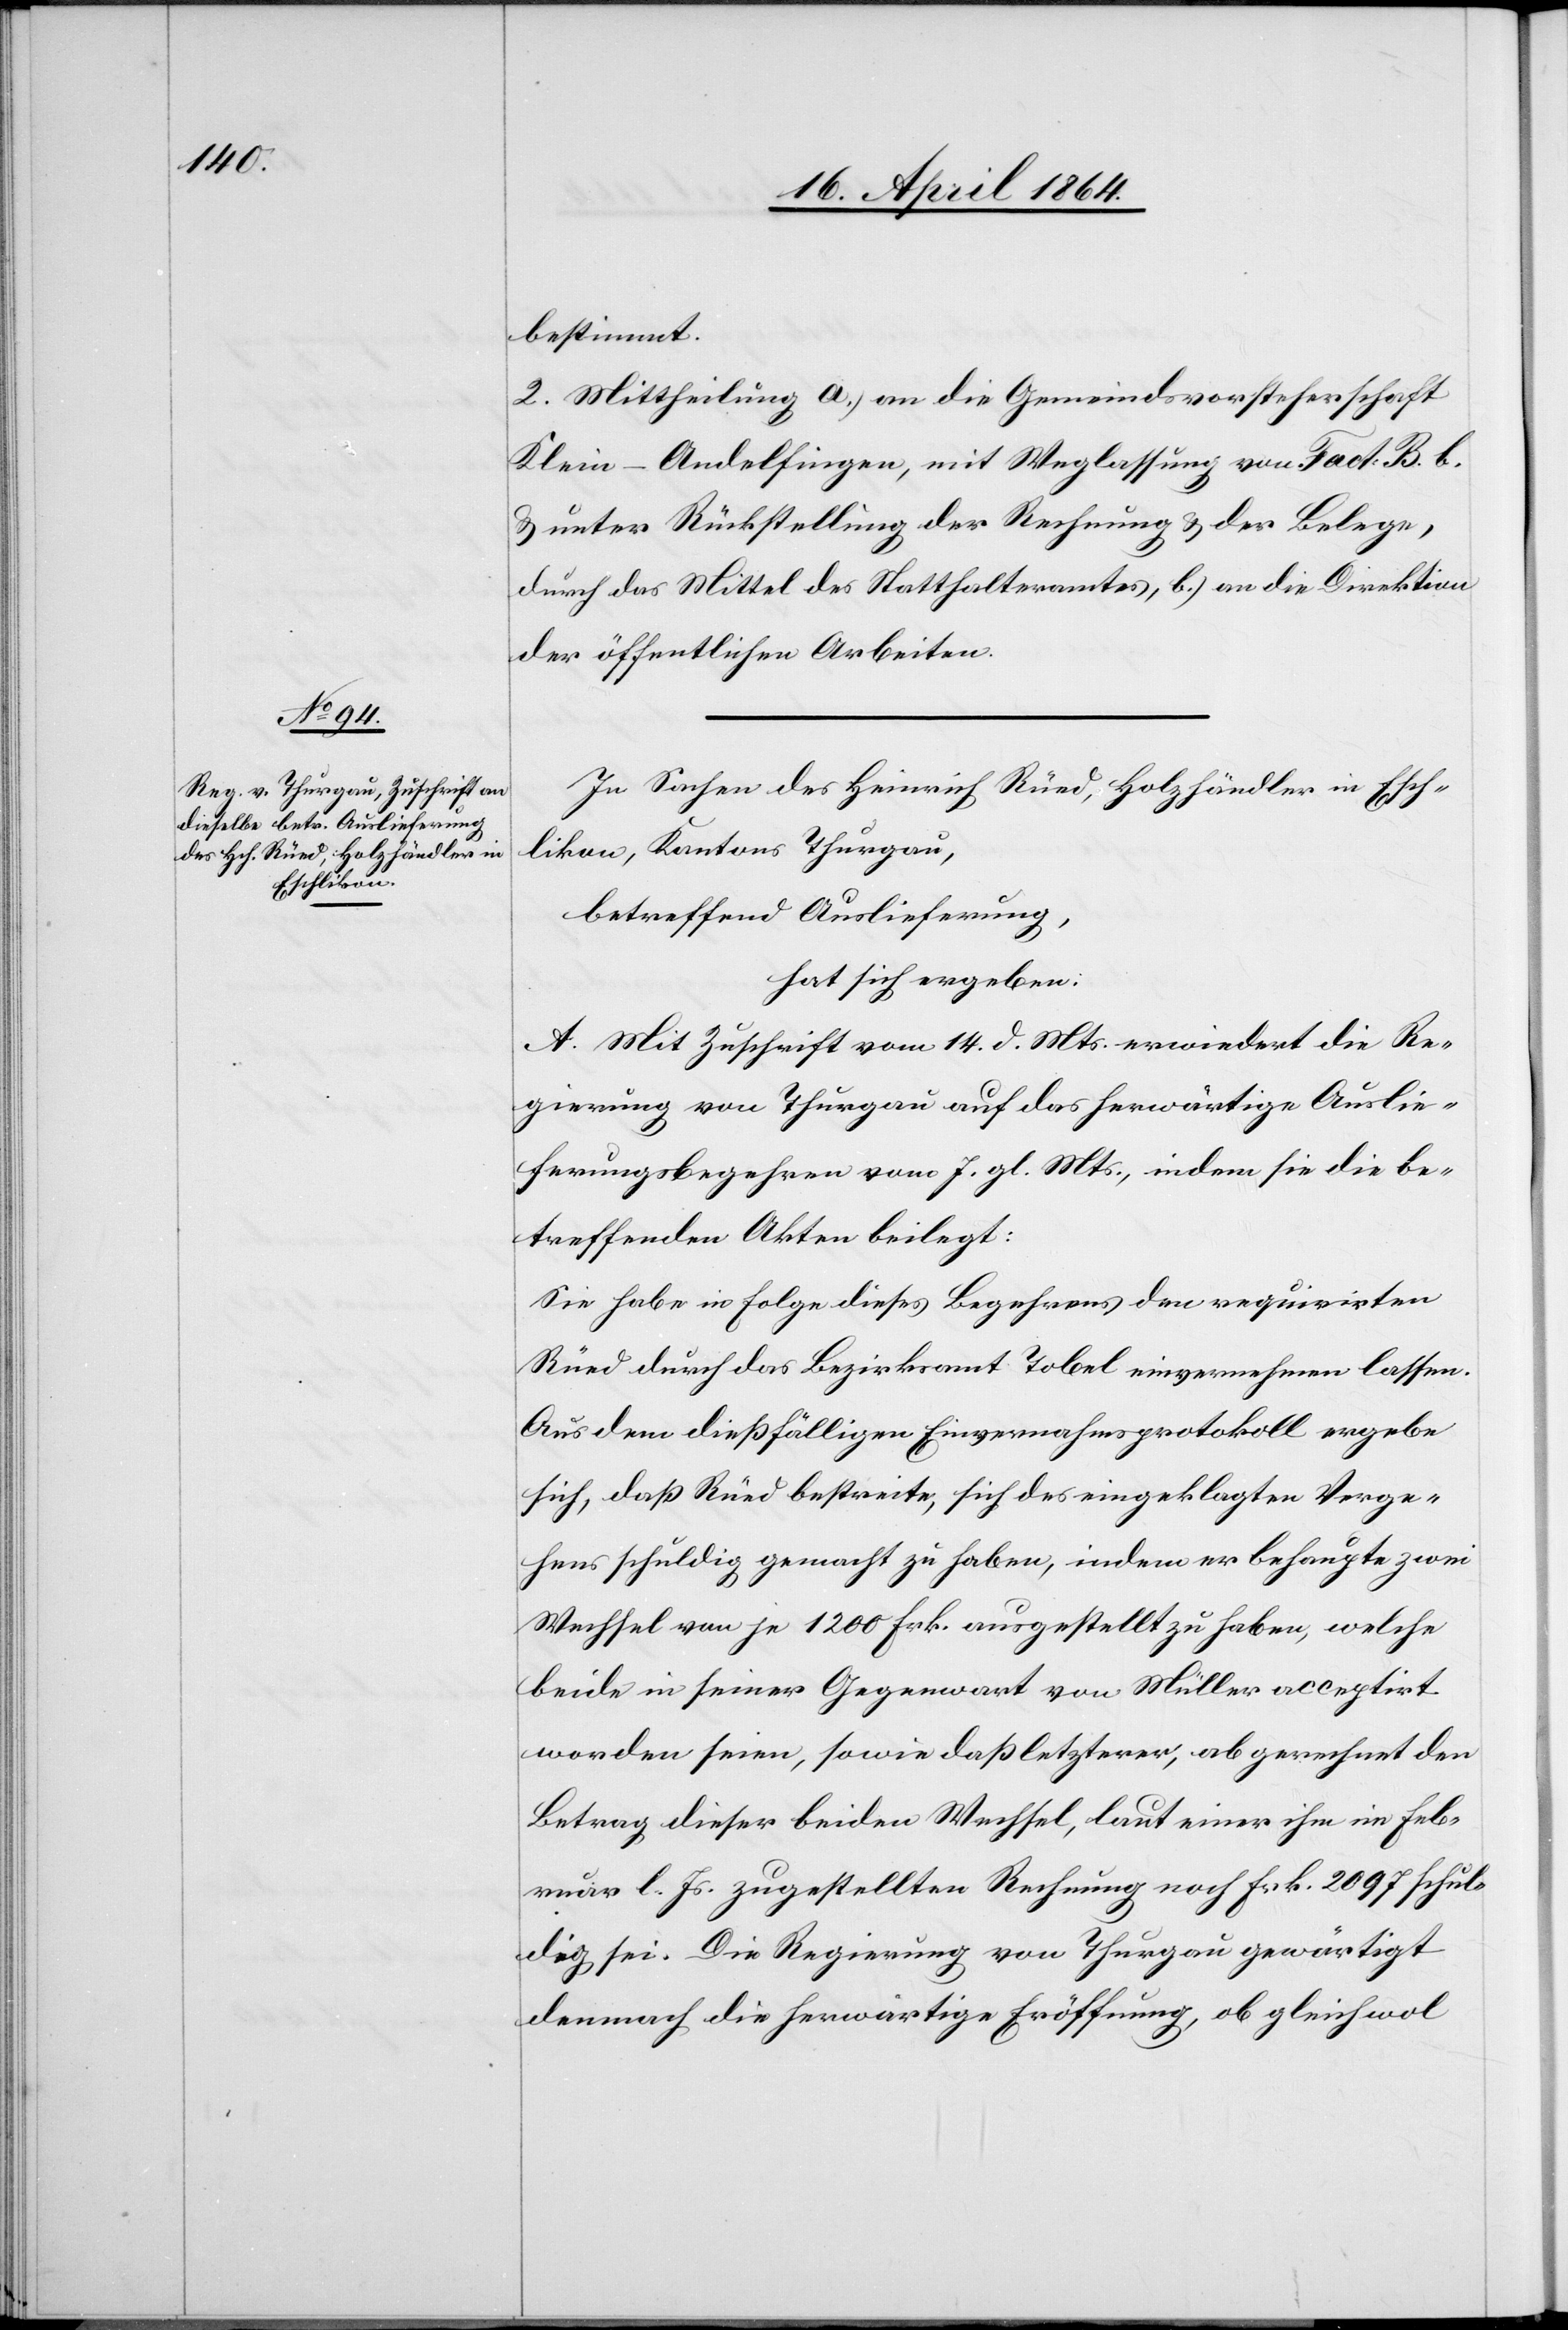
bestimmt.
2. Mittheilung a.) an die Gemeindsvorsteherschaft
Klein-Andelfingen, mit Weglassung von Fact. B. b.
u. unter Rückstellung der Rechnung u. der Belege,
durch das Mittel des Statthalteramtes, b.) an die Direktion
der öffentlichen Arbeiten.
In Sachen des Heinrich Rüed, Holzhändler in Esch¬
likon, Kantons Thurgau,
betreffend Auslieferung,
hat sich ergeben:
A. Mit Zuschrift vom 14. d. Mts. erwiedert die Re¬
gierung von Thurgau auf das herwärtige Auslie¬
ferungsbegehren vom 7. gl. Mts., indem sie die be¬
treffenden Akten beilegt:
Sie habe in Folge dieses Begehrens den requirirten
Rüed durch das Bezirksamt Tobel einvernehmen lassen.
Aus dem dießfälligen Einvernahmsprotokoll ergebe
sich, daß Rüed bestreite, sich des eingeklagten Verge¬
hens schuldig gemacht zu haben, indem er behaupte zwei
Wechsel von je 1200 Frk. ausgestellt zu haben, welche
beide in seiner Gegenwart von Müller acceptirt
worden seien, sowie daß letzterer, abgerechnet den
Betrag dieser beiden Wechsel, laut einer ihm im Feb¬
ruar l. Js. zugestellten Rechnung noch Frk. 2097 schul¬
dig sei. Die Regierung von Thurgau gewärtigt
demnach die herwärtige Eröffnung, ob gleichwol